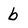
Character: b